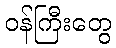
ဝန်ကြီးတွေ